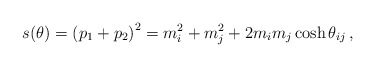
\begin{align*}s(\theta)=\left(p_{1}+p_{2}\right)^{2}=m_{i}^{2}+m_{j}^{2}+2m_{i}m_{j}\cosh\theta_{ij}\,,\end{align*}